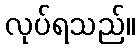
လုပ်ရသည်။